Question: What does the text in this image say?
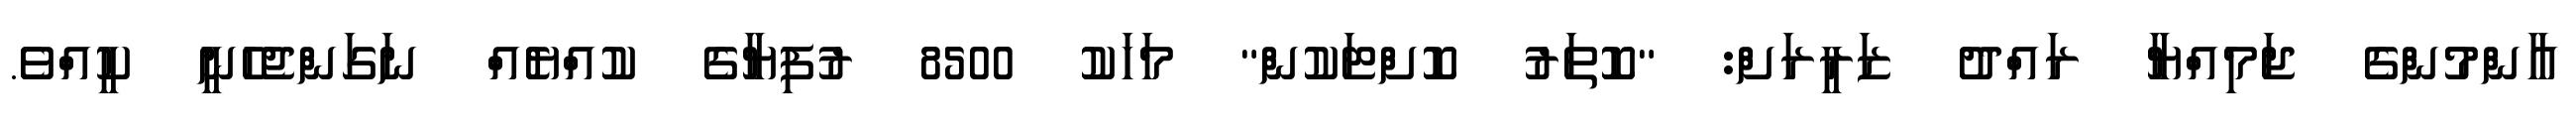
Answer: އާންމުންގެ ޖަމިއްޔާ ރައްދު ޒަރީރަށް: "ކޮތަރު ކޮށްޓަކުން" މަހަކު 8500 ރުފިޔާގެ ކުއްޔެއް ނަގަންޖެހެނީ ކީއްވެ.